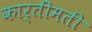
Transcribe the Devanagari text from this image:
कार्तीमती